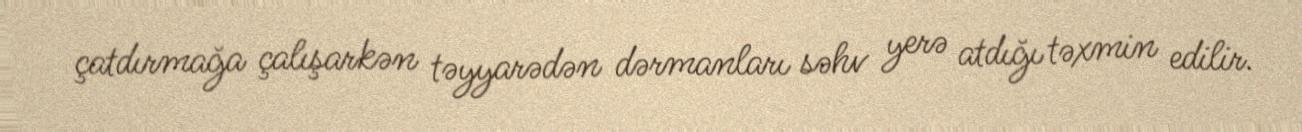
çatdırmağa çalışarkən təyyarədən dərmanları səhv yerə atdığı təxmin edilir.